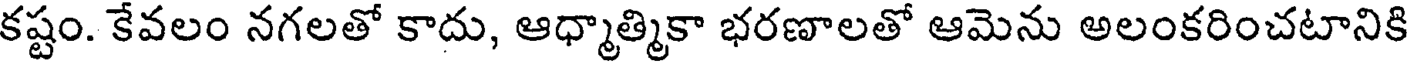
కష్టం. కేవలం నగలతో కాదు, ఆధ్మాత్మికా భరణాలతో ఆమెను అలంకరించటానికి